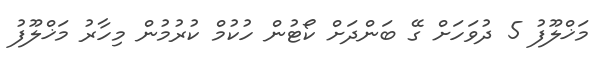
މަޚްލޫފު 5 ދުވަހަށް ގޭ ބަންދަށް ކޯޓުން ހުކުމް ކުރުމުން މިހާރު މަޚްލޫފު